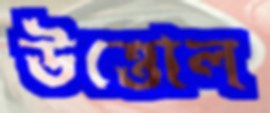
উত্তোল